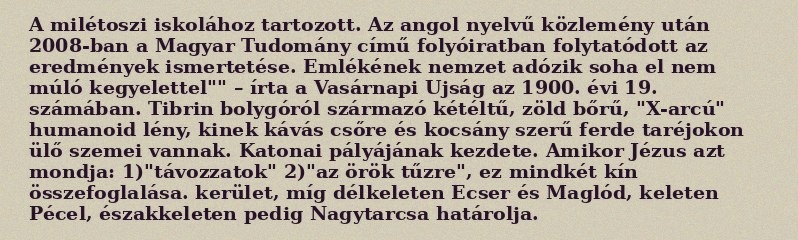
A milétoszi iskolához tartozott. Az angol nyelvű közlemény után 2008-ban a Magyar Tudomány című folyóiratban folytatódott az eredmények ismertetése. Emlékének nemzet adózik soha el nem múló kegyelettel"" – írta a Vasárnapi Ujság az 1900. évi 19. számában. Tibrin bolygóról származó kétéltű, zöld bőrű, "X-arcú" humanoid lény, kinek kávás csőre és kocsány szerű ferde taréjokon ülő szemei vannak. Katonai pályájának kezdete. Amikor Jézus azt mondja: 1)"távozzatok" 2)"az örök tűzre", ez mindkét kín összefoglalása. kerület, míg délkeleten Ecser és Maglód, keleten Pécel, északkeleten pedig Nagytarcsa határolja.